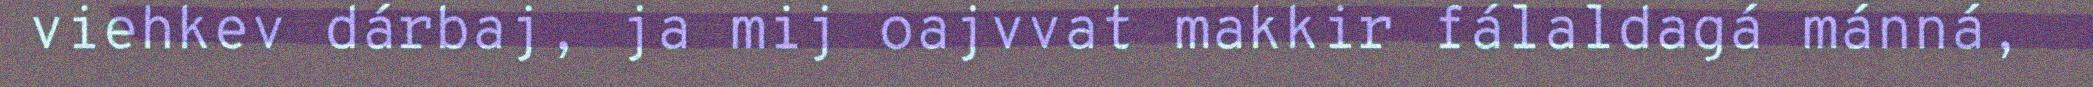
viehkev dárbaj, ja mij oajvvat makkir fálaldagá mánná,